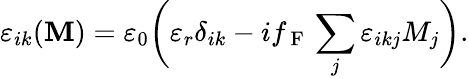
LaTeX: \varepsilon_{ik}(\boldsymbol{\mathbf{M}})=\varepsilon_{0}\bigg(\varepsilon_{r}\delta_{ik}-if_{\mathrm{~F~}}\sum_{j}\varepsilon_{ikj}M_{j}\bigg).